Civil Veterinary Department Bihar & Orissa reports 1922-29 - 1922-1929
Year: 1922
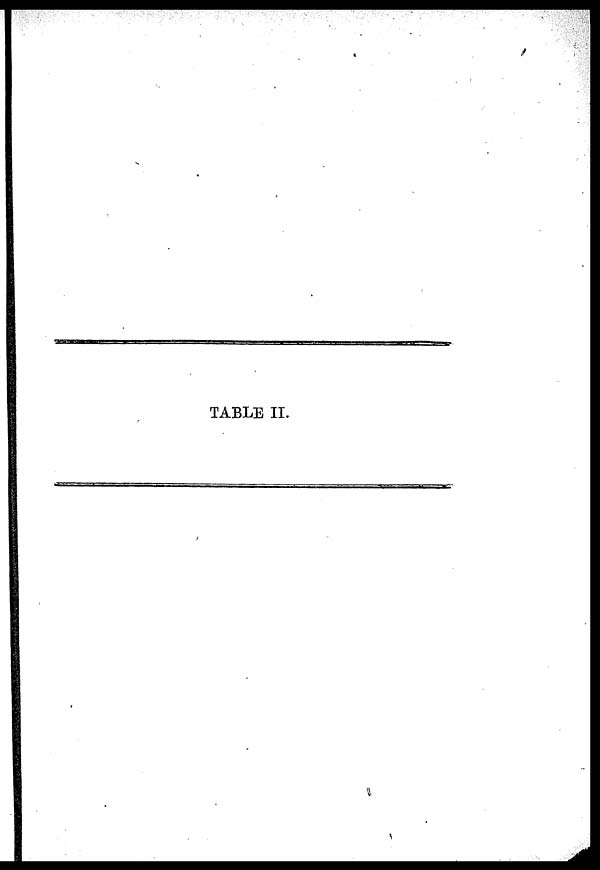
TABLE II.